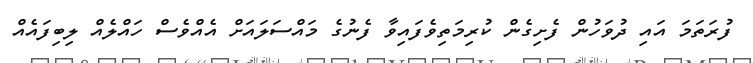
ފުރަތަމަ އައި ދުވަހުން ފެށިގެން ކުރިމަތިވެފައިވާ ފެނުގެ މައްސަލައަށް އެއްވެސް ހައްލެއް ލިބިފައެއް